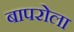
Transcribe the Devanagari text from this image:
बापरोला